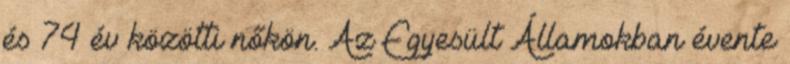
és 74 év közötti nőkön. Az Egyesült Államokban évente